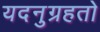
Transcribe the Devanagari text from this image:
यदनुग्रहतो